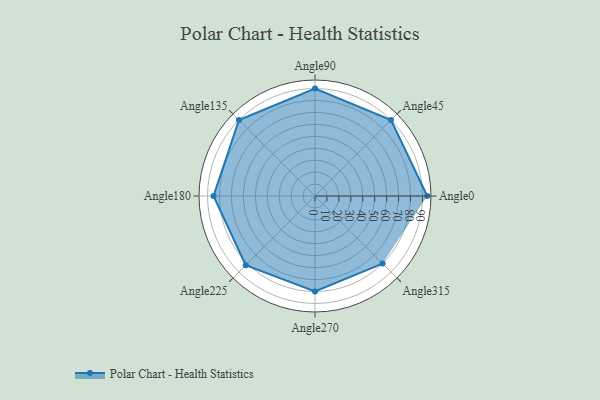
{"axis": {"x": "Angle", "y": "Radius"}, "legend": [""], "data": [{"x": "Angle0", "y": 94.0, "type": ""}, {"x": "Angle45", "y": 90.0, "type": ""}, {"x": "Angle90", "y": 90.0, "type": ""}, {"x": "Angle135", "y": 90.0, "type": ""}, {"x": "Angle180", "y": 85.0, "type": ""}, {"x": "Angle225", "y": 82.0, "type": ""}, {"x": "Angle270", "y": 80.0, "type": ""}, {"x": "Angle315", "y": 80.0, "type": ""}]}